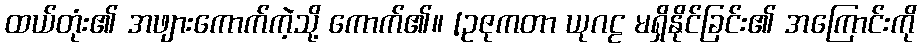
ထယ်တုံး၏ အဖျားကောက်ကဲ့သို့ ကောက်၏။ [ဥဇုကတာ ယုဂဠ မရှိနိုင်ခြင်း၏ အကြောင်းကို